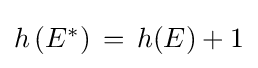
\textstyle h\left(E^{*}\right)\,=\,h(E)+1